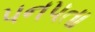
પનપતા